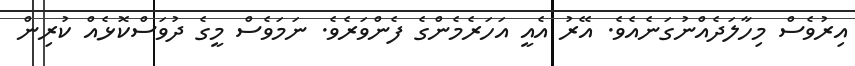
އިރުވެސް މިހާލަދެއްނުގަނެއެވެ. އޭރު އެއީ އަހަރެމެންގެ ފެންވަރެވެ. ނަމަވެސް މީގެ ދުވަސްކޮޅެއް ކުރިން